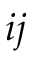
i j